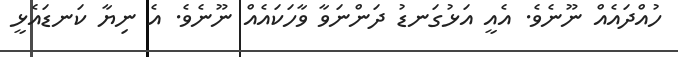
ހުއްދައެއް ނޫނެވެ. އެއީ އަޅުގަނޑު ދަންނަވާ ވާހަކައެއް ނޫނެވެ. އެ ނިޔާ ކަނޑައެޅީ